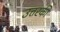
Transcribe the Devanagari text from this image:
उत्तरकी